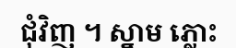
ជុំវិញ ។ ស្នាម ភ្លោះ